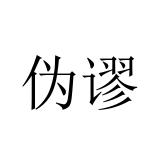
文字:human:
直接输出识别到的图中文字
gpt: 伪谬